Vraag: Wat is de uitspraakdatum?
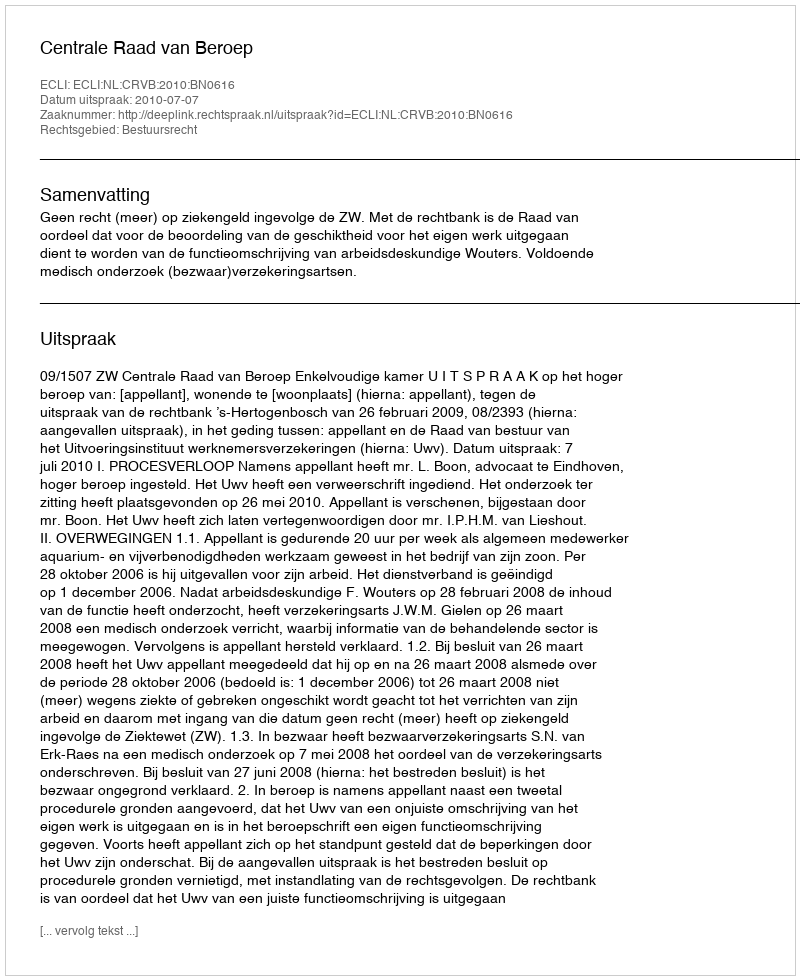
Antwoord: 2010-07-07